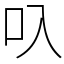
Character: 叺